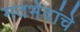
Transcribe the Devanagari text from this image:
मतभेदांचे